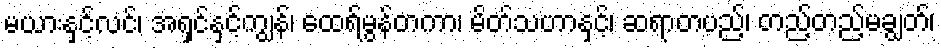
မယားနှင့်လင်၊ အရှင်နှင့်ကျွန်၊ ထေရ်မွန်တကာ၊ မိတ်သဟာနှင့်၊ ဆရာတပည့်၊ တည့်တည့်မချွတ်၊